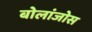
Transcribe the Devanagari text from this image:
बोलांजोस